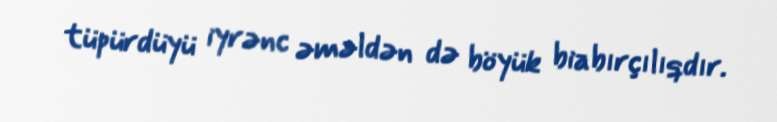
tüpürdüyü iyrənc əməldən də böyük biabırçılıqdır.